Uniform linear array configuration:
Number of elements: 8
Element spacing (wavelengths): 1
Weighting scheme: hann
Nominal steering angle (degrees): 30
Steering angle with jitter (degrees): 29.854
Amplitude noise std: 0.05
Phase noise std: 0.05

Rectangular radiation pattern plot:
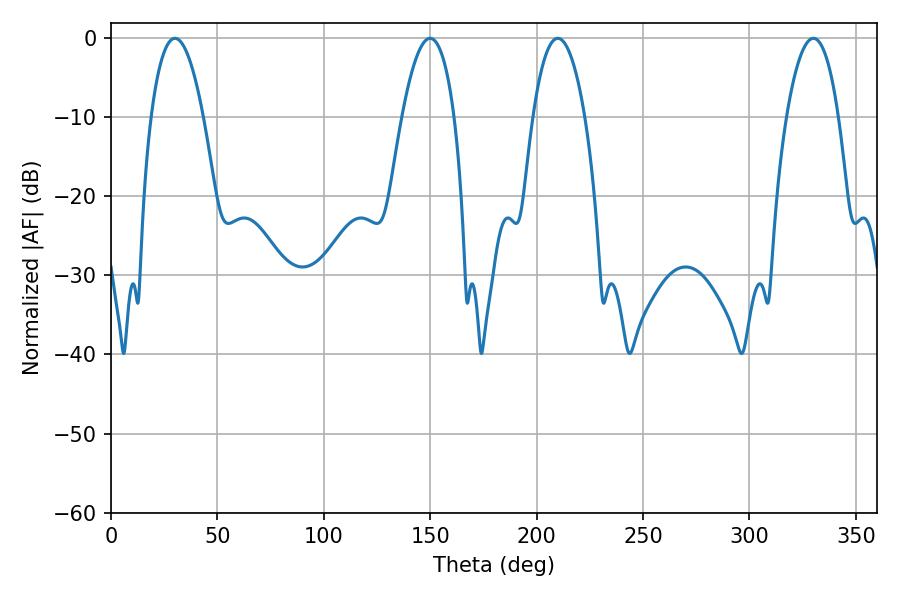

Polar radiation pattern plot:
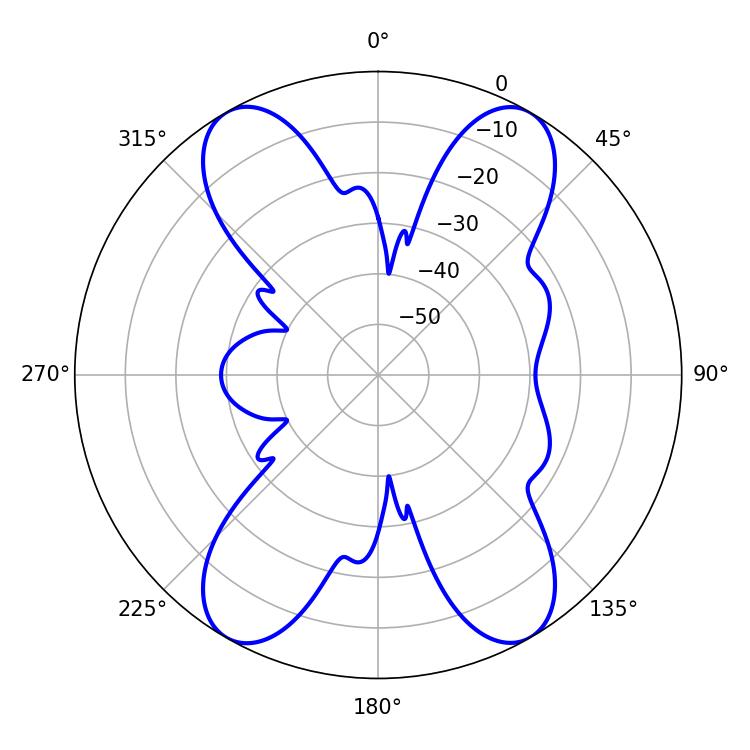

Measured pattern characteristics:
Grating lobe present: TRUE
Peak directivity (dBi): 23.733
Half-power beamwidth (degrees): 13.68
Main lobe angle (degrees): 30.06